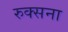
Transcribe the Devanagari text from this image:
रुक्सना